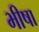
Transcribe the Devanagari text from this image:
भीषा